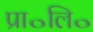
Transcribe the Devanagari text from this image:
प्रा॰लि॰